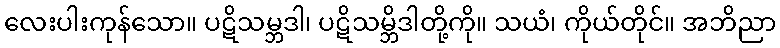
လေးပါးကုန်သော။ ပဋိသမ္ဘဒါ၊ ပဋိသမ္ဘိဒါတို့ကို။ သယံ၊ ကိုယ်တိုင်။ အဘိညာ